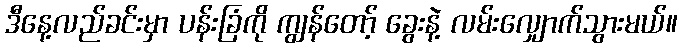
ဒီနေ့လည်ခင်းမှာ ပန်းခြံကို ကျွန်တော့် ခွေးနဲ့ လမ်းလျှောက်သွားမယ်။